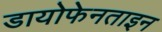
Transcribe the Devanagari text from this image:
डायोफेनताइन